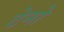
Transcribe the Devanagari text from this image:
टेनो